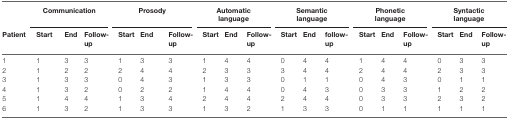
<table><thead><tr><td></td><td colspan="3"><b>Communication</b></td><td colspan="3"><b>Prosody</b></td><td colspan="3"><b>Automatic language</b></td><td colspan="3"><b>Semantic language</b></td><td colspan="3"><b>Phonetic language</b></td><td colspan="3"><b>Syntactic language</b></td></tr><tr><td><b>Patient</b></td><td><b>Start</b></td><td><b>End</b></td><td><b>Follow-up</b></td><td><b>Start</b></td><td><b>End</b></td><td><b>Follow-up</b></td><td><b>Start</b></td><td><b>End</b></td><td><b>Follow-up</b></td><td><b>Start</b></td><td><b>End</b></td><td><b>follow-up</b></td><td><b>Start</b></td><td><b>End</b></td><td><b>Follow-up</b></td><td><b>Start</b></td><td><b>End</b></td><td><b>Follow-up</b></td></tr></thead><tbody><tr><td>1</td><td>1</td><td>3</td><td>3</td><td>1</td><td>3</td><td>3</td><td>1</td><td>4</td><td>4</td><td>0</td><td>4</td><td>4</td><td>1</td><td>4</td><td>4</td><td>0</td><td>3</td><td>3</td></tr><tr><td>2</td><td>1</td><td>2</td><td>2</td><td>2</td><td>4</td><td>4</td><td>2</td><td>3</td><td>3</td><td>3</td><td>4</td><td>4</td><td>2</td><td>4</td><td>4</td><td>2</td><td>3</td><td>3</td></tr><tr><td>3</td><td>1</td><td>3</td><td>3</td><td>0</td><td>4</td><td>3</td><td>1</td><td>3</td><td>3</td><td>0</td><td>1</td><td>1</td><td>0</td><td>4</td><td>3</td><td>0</td><td>1</td><td>1</td></tr><tr><td>4</td><td>1</td><td>3</td><td>2</td><td>0</td><td>2</td><td>2</td><td>1</td><td>4</td><td>4</td><td>0</td><td>4</td><td>3</td><td>0</td><td>3</td><td>3</td><td>1</td><td>2</td><td>2</td></tr><tr><td>5</td><td>1</td><td>4</td><td>4</td><td>1</td><td>3</td><td>4</td><td>2</td><td>4</td><td>4</td><td>2</td><td>4</td><td>4</td><td>0</td><td>3</td><td>3</td><td>2</td><td>3</td><td>2</td></tr><tr><td>6</td><td>1</td><td>3</td><td>2</td><td>1</td><td>3</td><td>3</td><td>1</td><td>3</td><td>2</td><td>1</td><td>3</td><td>3</td><td>0</td><td>1</td><td>1</td><td>1</td><td>1</td><td>1</td></tr></tbody></table>